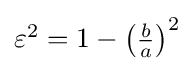
{\textstyle \varepsilon ^{2}=1-\left({\frac {b}{a}}\right)^{2}}